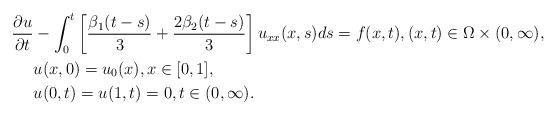
LaTeX: \begin{align*} \frac{\partial u}{\partial t} & - \int_{0}^{t} \left[\frac{\beta_1(t-s)}{3} + \frac{2\beta_2(t-s)}{3} \right] u_{xx}(x,s) ds = f(x,t), (x,t)\in \Omega\times (0,\infty), \\ & u(x,0) = u_0(x), x\in [0,1], \\ & u(0,t) = u(1,t) = 0, t \in(0,\infty). \end{align*}